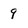
Character: 9